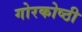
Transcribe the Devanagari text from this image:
गोरकोष्ठी